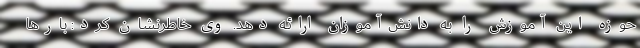
حوزه این آموزش را به دانش‌آموزان ارائه دهد. وی خاطرنشان کرد: بارها